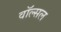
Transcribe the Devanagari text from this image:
वॉल्सल